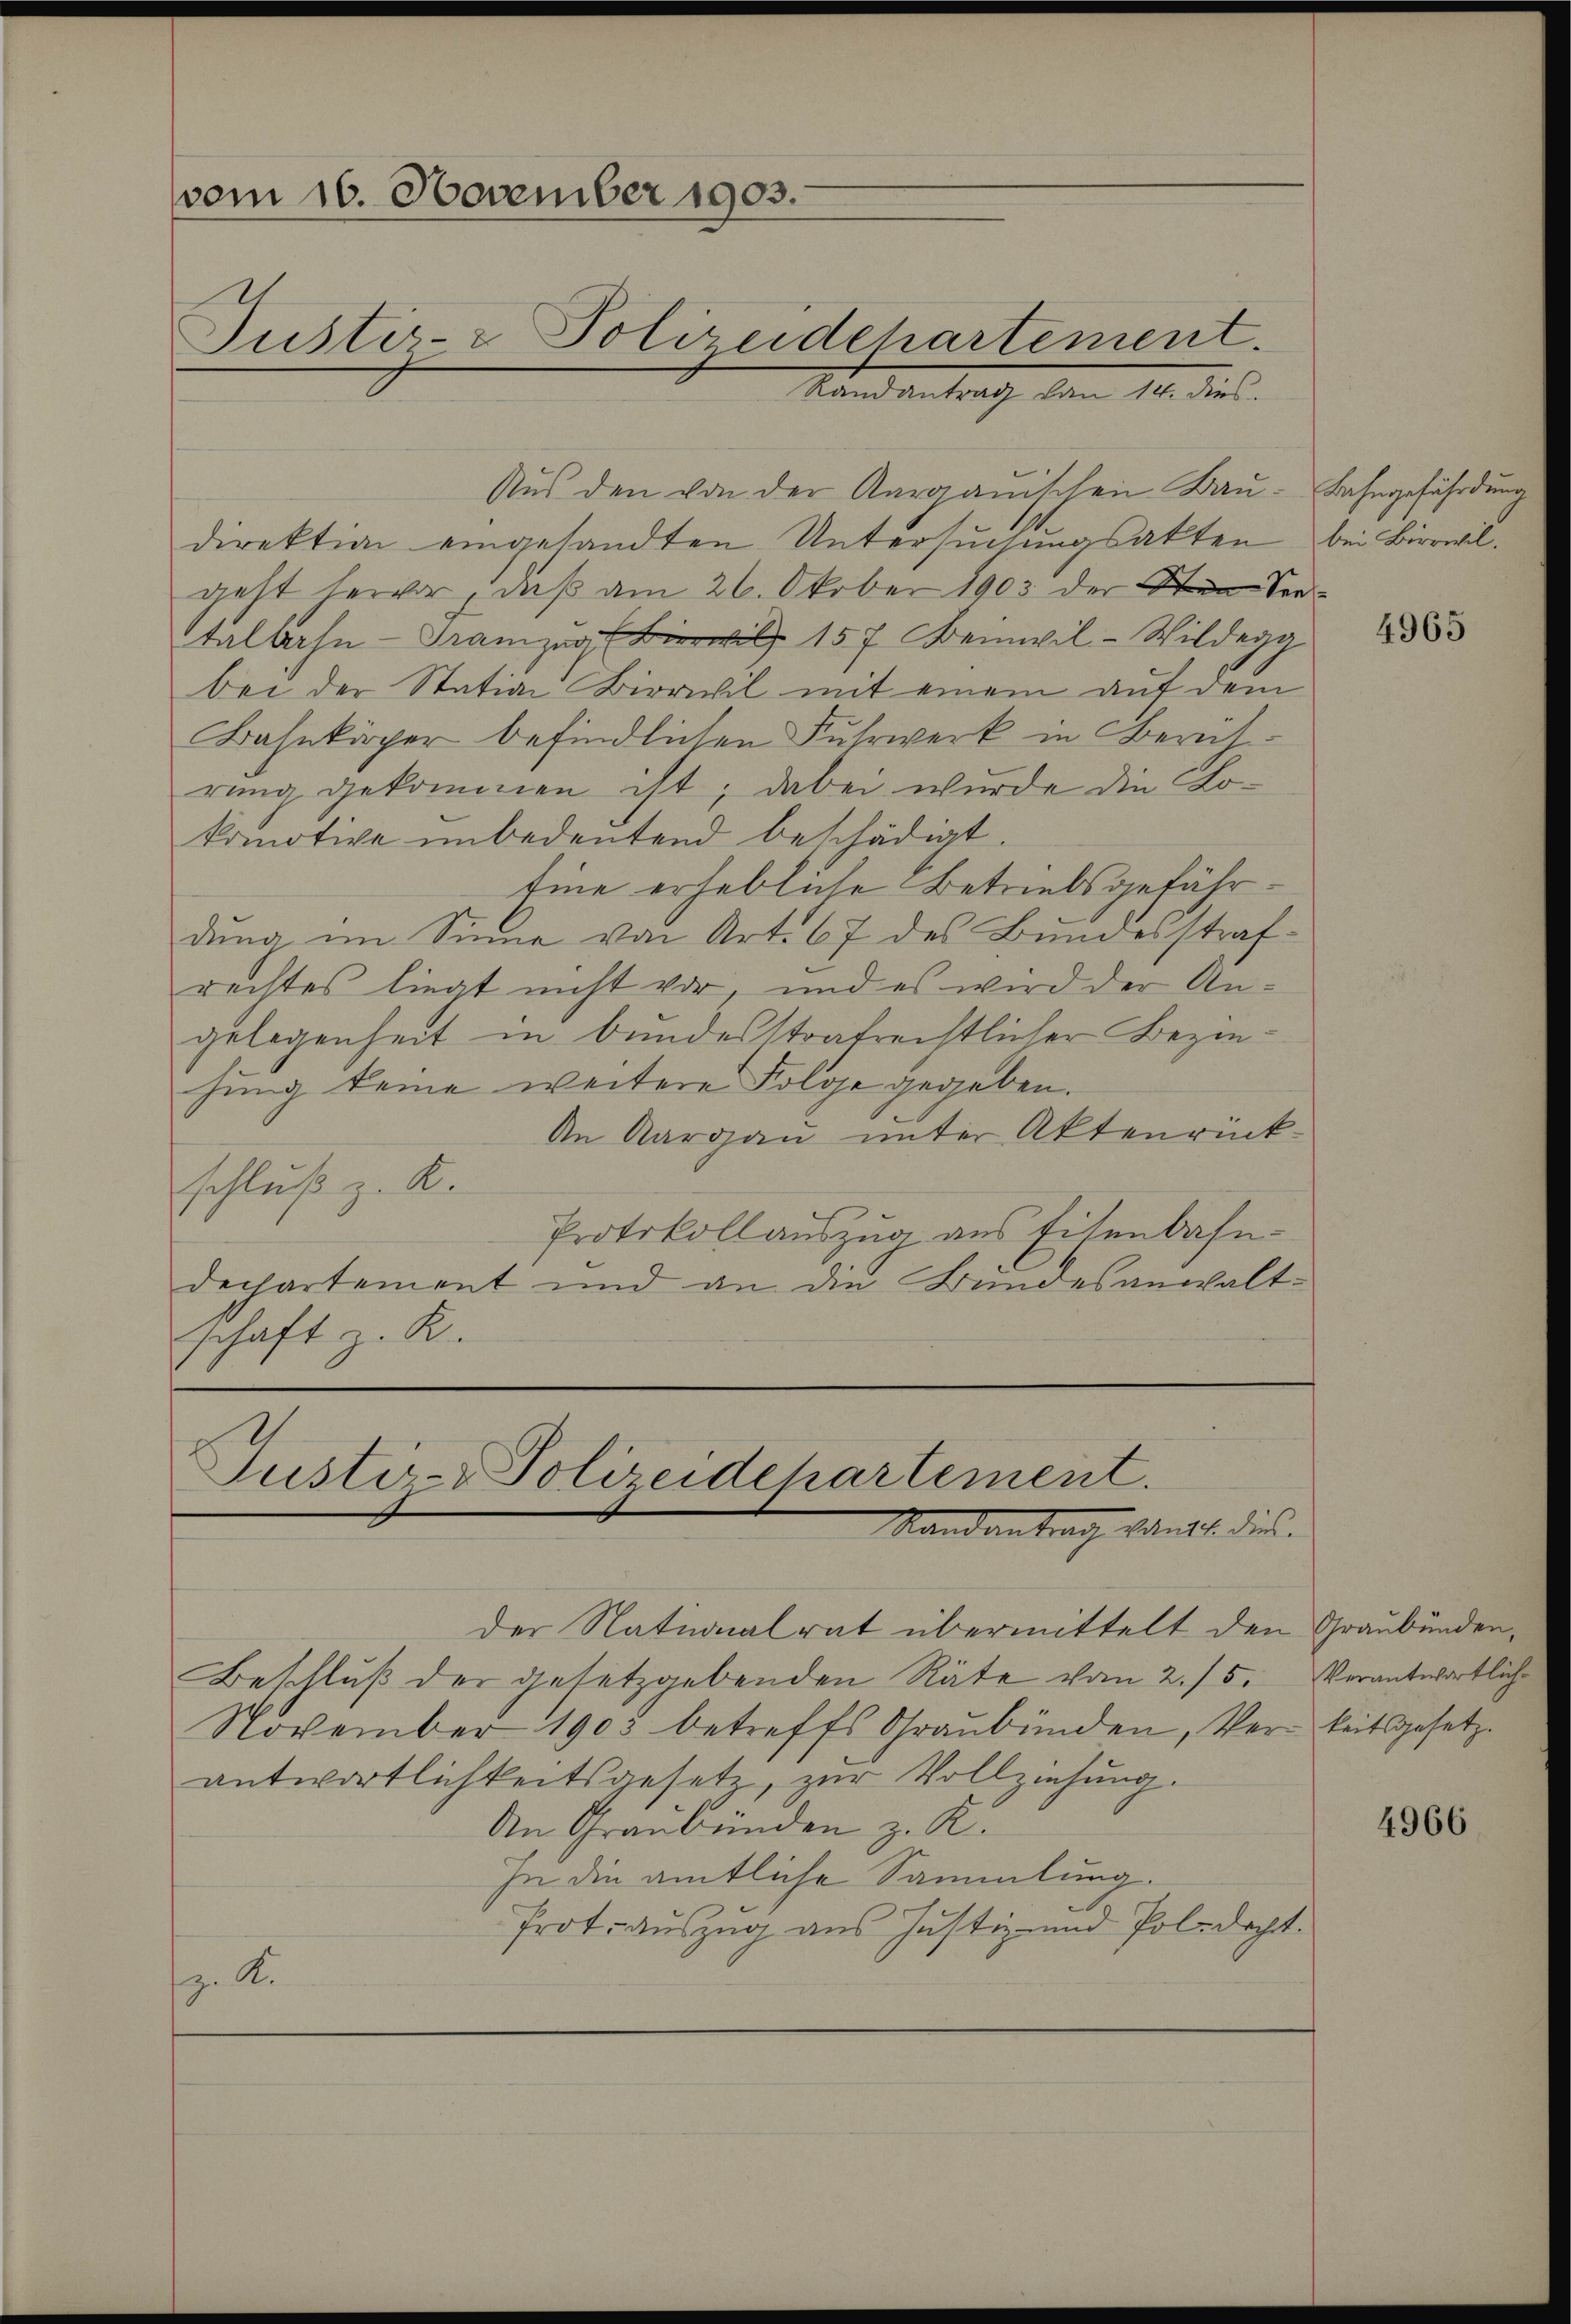
vom 16. November 1903.
Justiz- & Polizeidehartement.

Stand antrach vom 14. die
Aus den von der Aargauischen Baŭ- Bahngefährdung
direktion eingesandten Untersuchungsakten
geht hervor, daß am 26. Oktober 1903 der San Sentalbahn-Granze 157. Demwil-Wildegg
bei der Station Birwil mit einem auf dem
Bahnkörper befindlichen Fuhrwerk in Berührung gekommen ist; dabei wurde die Lokomotive unbedeutend beschädigt.
tine erhebliche Betriebsgefährdung im Sinne von Art. 67 des Bundesstrafrechtes liegt nicht vor, und es wird der Angelegenheit in bundesstratrechtlicher Beziehing keine weitere Folge gegeben.
An Aargau unter Aktenrück-
schluß z. B.
Protokollauszug aus Eisenbahn-
dechartement und an die Bundesanwalt-
schaft z. B.

Justiz- & Polizeidchartement.
Stand antrag dankt. dies

der Nationalrat übermittelt den Graubünden,
Beschlŭβ der gesetzgebenden Räte vom 2./5.
November 1903 betreffs Graubünden, Verkeitsgesetzantwortlichkeitsgesetz, zur Vollziehung.
An Graubünden z. R.
In die amtliche Sammlung.
Prot. Auszug aus Justiz- und Poledacht.
z. A.

bei Birwil.

4965

Verantwortlich-

4966